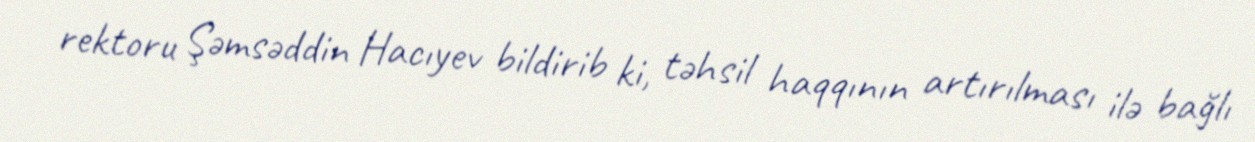
rektoru Şəmsəddin Hacıyev bildirib ki, təhsil haqqının artırılması ilə bağlı